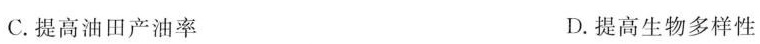
C.提高油田产油率 D.提高生物多样性